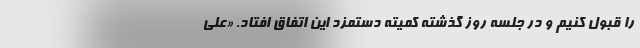
را قبول کنیم و در جلسه روز گذشته کمیته دستمزد این اتفاق افتاد. «علی